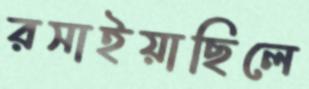
রসাইয়াছিলে